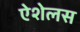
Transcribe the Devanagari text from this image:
ऐशेलस